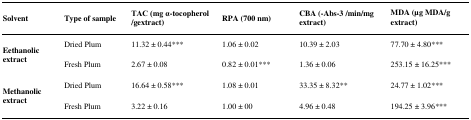
| Solvent | Type of sample | TAC (mg α-tocopherol /gextract) | RPA (700 nm) | CBA (-Abs-3 /min/mg extract) | MDA (μg MDA/g extract) |
 | --- | --- | --- | --- | --- | --- |
 | <ROWSPAN=2> Eethanolic extract | Dried Plum | 11.32 ± 0.44*** | 1.06 ± 0.02 | 10.39 ± 2.03 | 77.70 ± 4.80*** |
 | Fresh Plum | 2.67 ± 0.08 | 0.82 ± 0.01*** | 1.36 ± 0.06 | 253.15 ± 16.25*** |
 | <ROWSPAN=2> Methanolic extract | Dried Plum | 16.64 ± 0.58*** | 1.08 ± 0.01 | 33.35 ± 8.32** | 24.77 ± 1.02*** |
 | Fresh Plum | 3.22 ± 0.16 | 1.00 ± 00 | 4.96 ± 0.48 | 194.25 ± 3.96*** |